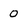
Character: 0